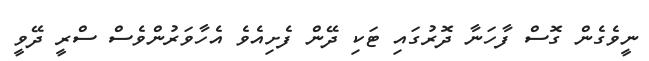
ނީވެގެން ގޮސް ފާހަނާ ދޮރުގައި ޓަކި ދޭން ފެށިއެވެ އެހާވަރުންވެސް ސްރީ ދޭވީ